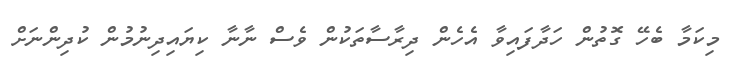
މިކަމާ ބެހޭ ގޮތުން ހަދާފައިވާ އެހެން ދިރާސާތަކުން ވެސް ނާނާ ކިޔައިދިނުމުން ކުދިންނަށް